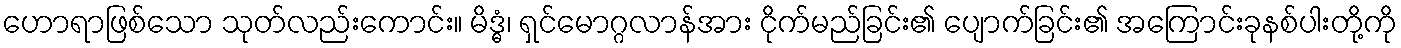
ဟောရာဖြစ်သော သုတ်လည်းကောင်း။ မိဒ္ဓံ၊ ရှင်မောဂ္ဂလာန်အား ငိုက်မည်ခြင်း၏ ပျောက်ခြင်း၏ အကြောင်းခုနစ်ပါးတို့ကို